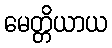
မေတ္တိယာယ